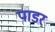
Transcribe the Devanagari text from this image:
पाडर